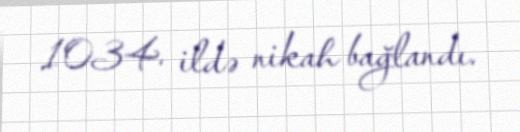
1034. ildə nikah bağlandı.